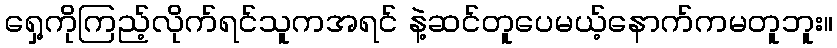
ရှေ့ကိုကြည့်လိုက်ရင်သူကအရင် နဲ့ဆင်တူပေမယ့်နောက်ကမတူဘူး။